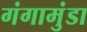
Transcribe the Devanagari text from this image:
गंगामुंडा